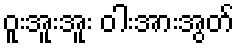
ဝူးအူးအူး ဝါးအားအွတ်